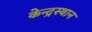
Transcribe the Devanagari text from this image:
केन्द्रस्थान